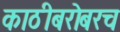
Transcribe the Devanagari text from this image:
काठीबरोबरच